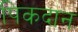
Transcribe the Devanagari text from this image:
पिकदान